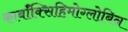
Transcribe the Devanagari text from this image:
कार्बॉक्सिहिमोग्लोबिन